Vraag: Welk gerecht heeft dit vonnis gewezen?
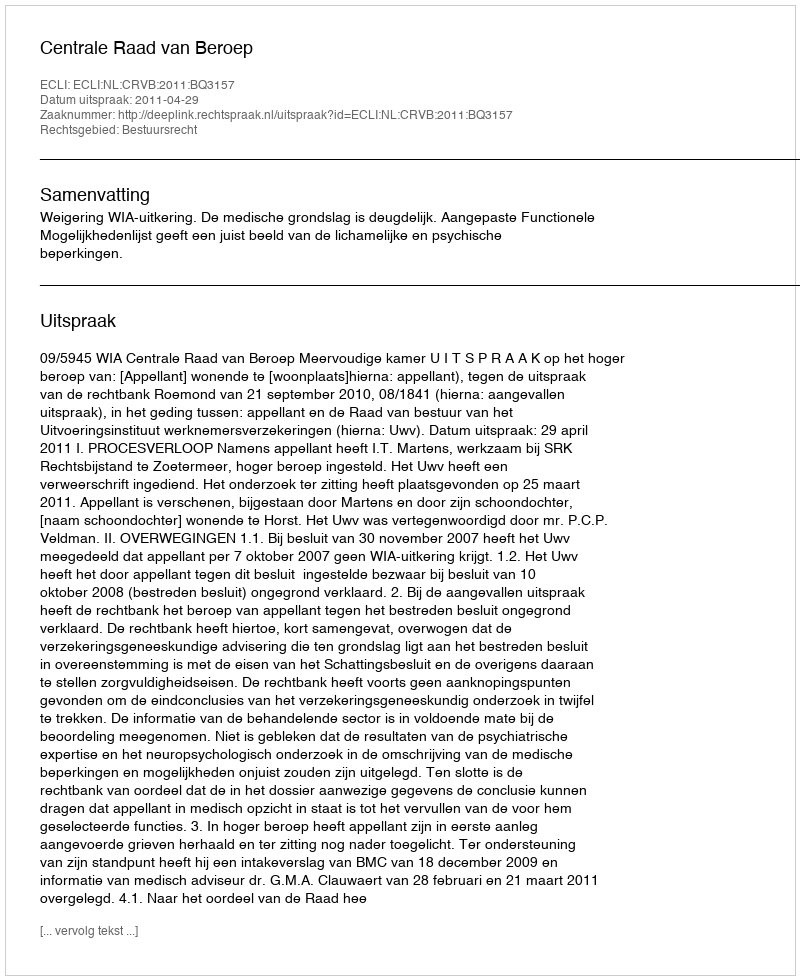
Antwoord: Centrale Raad van Beroep